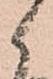
候